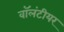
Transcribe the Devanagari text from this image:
वॉलंटीयर